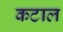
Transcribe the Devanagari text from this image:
कटाल